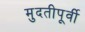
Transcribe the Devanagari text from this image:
मुदतीपूर्वी